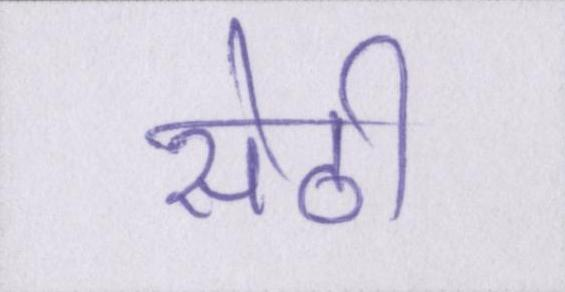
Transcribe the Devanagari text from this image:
सेठी